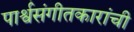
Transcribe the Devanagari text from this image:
पार्श्वसंगीतकारांची